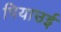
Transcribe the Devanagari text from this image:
पियाउई